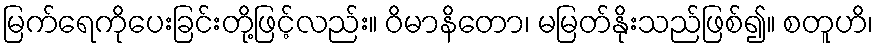
မြက်ရေကိုပေးခြင်းတို့ဖြင့်လည်း။ ဝိမာနိတော၊ မမြတ်နိုးသည်ဖြစ်၍။ စတူဟိ၊